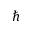
\hbar